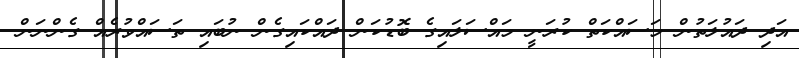
އަދި ދައުލަތުން މަސައްކަތް ކުރަނީ މައްސަލައިގެ ބޮޑުކަން ދައްކައިގެން ނުބައި ތަސައްވުރެއް ގެންނަން